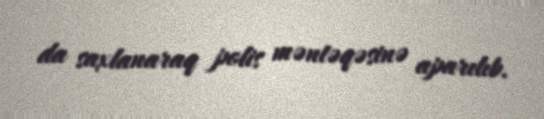
da saxlanaraq polis məntəqəsinə aparılıb.